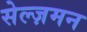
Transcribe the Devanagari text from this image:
सेल्ज़मन